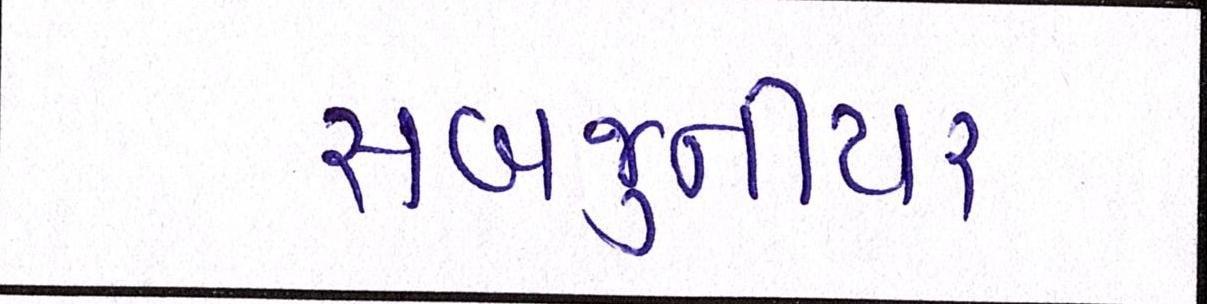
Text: સબજુનીયર